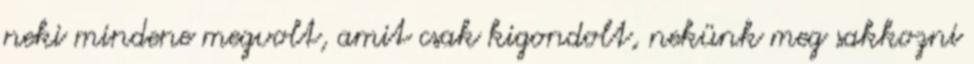
neki mindene megvolt, amit csak kigondolt, nekünk meg sakkozni